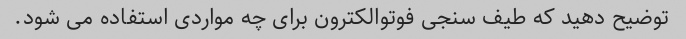
توضیح دهید که طیف سنجی فوتوالکترون برای چه مواردی استفاده می شود.